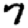
Digit: 7